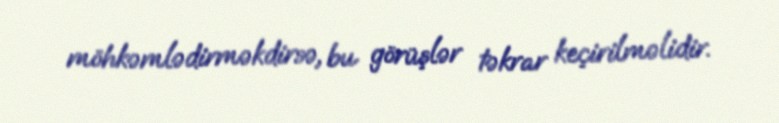
möhkəmlədirməkdirsə, bu görüşlər təkrar keçirilməlidir.